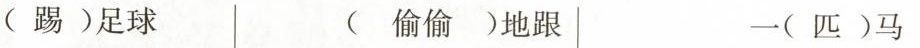
(踢)足球 (偷偷)地跟 一(匹)马